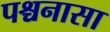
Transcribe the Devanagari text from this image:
पश्चनासा